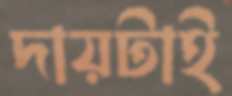
দায়টাই